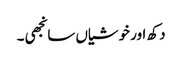
دکھ اور خوشیاں سانجھی۔